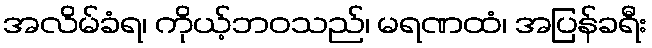
အလိမ်ခံရ၊ ကိုယ့်ဘဝသည်၊ မရဏထံ၊ အပြန်ခရီး